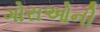
ગોરાઓની